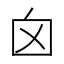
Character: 囟